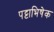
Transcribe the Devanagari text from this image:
पट्टाभिषेक